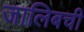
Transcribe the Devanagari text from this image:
जालिबची